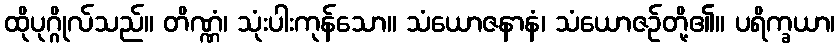
ထိုပုဂ္ဂိုလ်သည်။ တိဏ္ဏံ၊ သုံးပါးကုန်သော။ သံယောဇနာနံ၊ သံယောဇဉ်တို့၏။ ပရိက္ခယာ၊